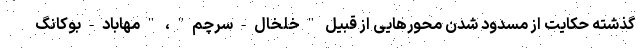
گذشته حکایت از مسدود شدن محورهایی از قبیل "خلخال-سرچم"، "مهاباد-بوکانگ